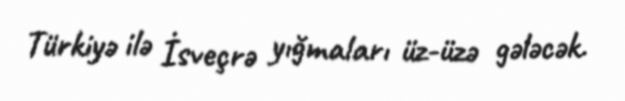
Türkiyə ilə İsveçrə yığmaları üz-üzə gələcək.